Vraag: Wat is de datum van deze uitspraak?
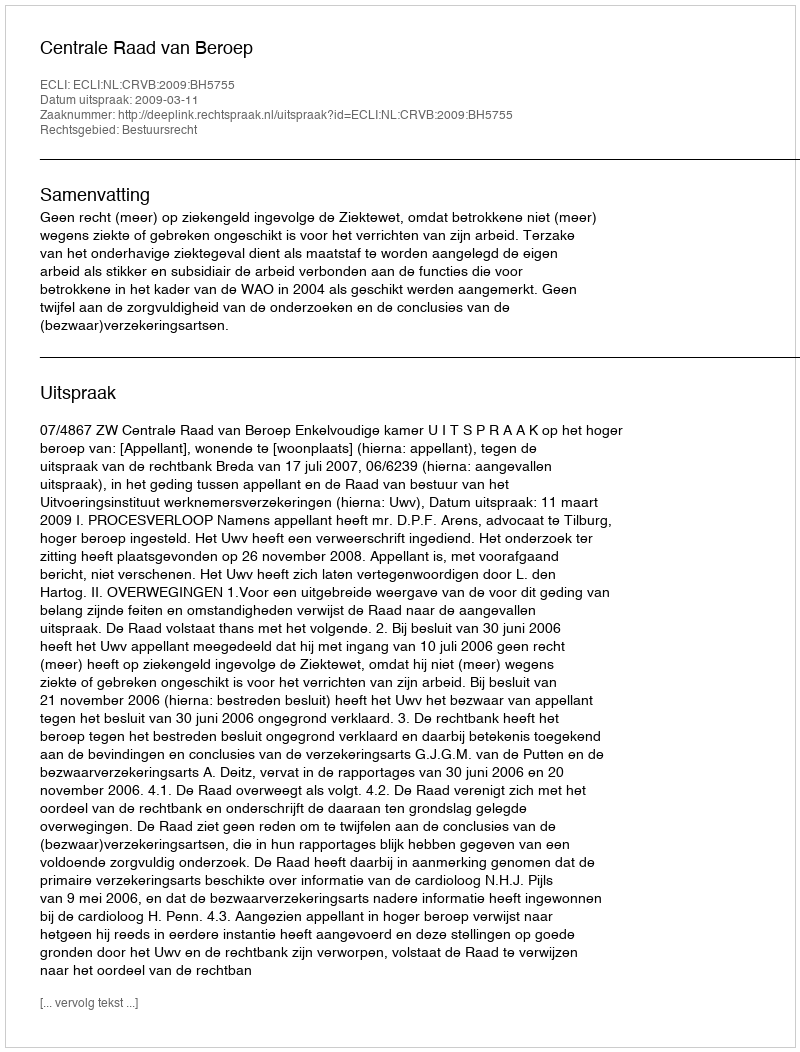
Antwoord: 2009-03-11